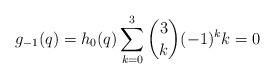
LaTeX: \begin{align*} g_{-1}(q) = h_0(q) \sum_{k=0}^3 \binom{3}{k} (-1)^k k = 0 \end{align*}